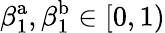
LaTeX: \beta_{1}^{\mathrm{a}},\beta_{1}^{\mathrm{b}}\in[0,1)